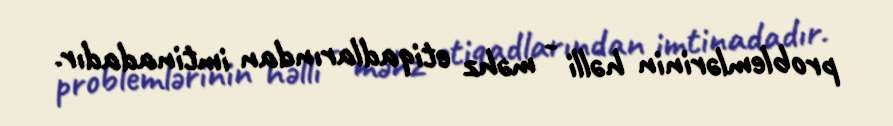
problemlərinin həlli - məhz etiqadlarından imtinadadır.